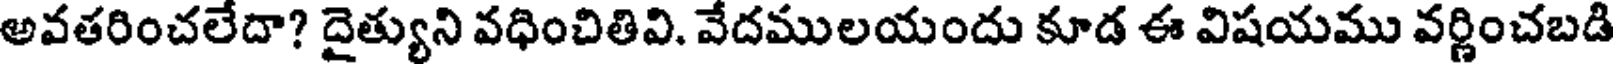
అవతరించలేదా? దైత్యుని వధించితివి. వేదములయందు కూడ ఈ విషయము వర్ణించబడి